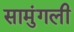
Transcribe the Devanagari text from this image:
सामुंगली